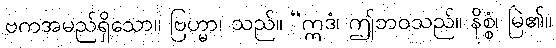
ဗကအမည်ရှိသော။ ဗြဟ္မာ၊ သည်။ “ဣဒံ၊ ဤဘဝသည်။ နိစ္စံ၊ မြဲ၏။